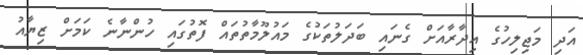
އަދި މަޖިލިހުގެ އިދާރާއަށް ގެނައި ބަދަލުތަކުގެ މައުލޫމާތުތައް ފޮތުގައި ހުންނާނެ ކަމަށް ޒިޔާއު